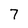
Character: 7